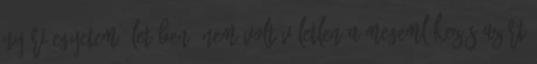
nyári egyetem életében. Nem volt véletlen a megemlékezés azért